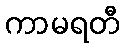
ကာမရတီ